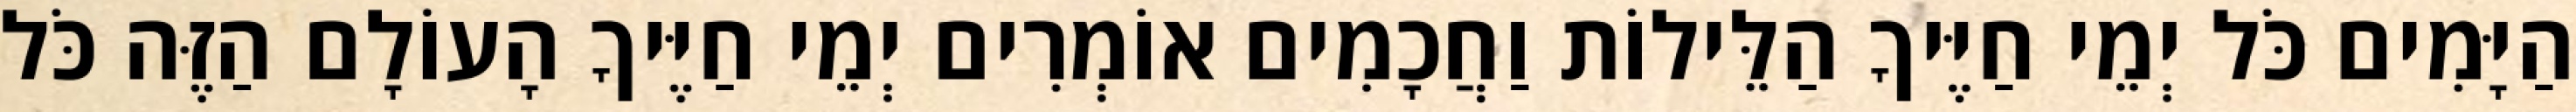
הַיָּמִים כֹּל יְמֵי חַיֶּיךָ הַלֵּילוֹת וַחֲכָמִים אוֹמְרִים יְמֵי חַיֶּיךָ הָעוֹלָם הַזֶּה כֹּל